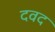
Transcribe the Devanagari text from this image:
दवद